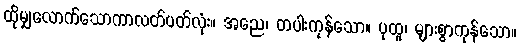
ထိုမျှလောက်သောကာလတ်ပတ်လုံး။ အညေ၊ တပါးကုန်သော။ ပုထူ၊ များစွာကုန်သော။